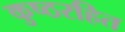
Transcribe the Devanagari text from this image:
कुष्ठरहित